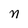
Character: n